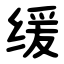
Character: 缓